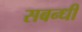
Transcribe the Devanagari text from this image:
सबन्धी